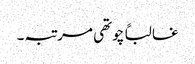
غالباً چوتھی مرتبہ۔